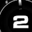
Digit: 2